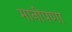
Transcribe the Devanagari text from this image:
मानीपणा